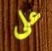
على